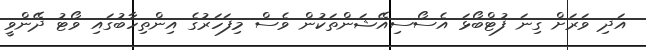
އަދި ވަރަށް ގިނަ ފުޓްބޯޅަ އެސޯސިއޭޝަންތަކުން ވެސް މިފަހަރުގެ އިންތިހާބުގައި ވޯޓު ދޭންވީ